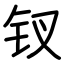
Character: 钗